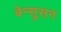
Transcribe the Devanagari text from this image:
बेन्सूसन